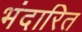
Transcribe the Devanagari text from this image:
भंदारित